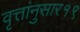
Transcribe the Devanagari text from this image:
वृत्तांनुसार१९